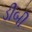
ડીબી